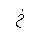
Letter: _kha